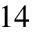
^ { 1 4 }